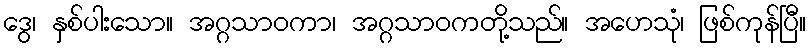
ဒွေ၊ နှစ်ပါးသော။ အဂ္ဂသာဝကာ၊ အဂ္ဂသာဝကတို့သည်။ အဟေသုံ၊ ဖြစ်ကုန်ပြီ။